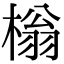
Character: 㮬